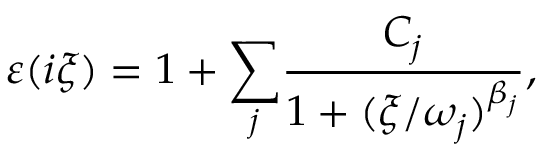
\varepsilon ( i \xi ) = 1 + \underset { j } { \overset { } { \sum } } \frac { C _ { j } } { 1 + ( \xi / \omega _ { j } ) ^ { \beta _ { j } } } ,